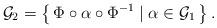
LaTeX: \begin{align*}\mathcal{G}_2 = \left\{\, \Phi \circ \alpha \circ \Phi^{-1} \mid \alpha \in \mathcal{G}_1 \, \right\}.\end{align*}